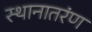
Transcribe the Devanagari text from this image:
स्थानातरंण